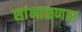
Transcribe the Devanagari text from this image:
सांभाळणार